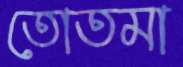
তোতমা